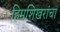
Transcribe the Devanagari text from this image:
हिमशिखरांचा